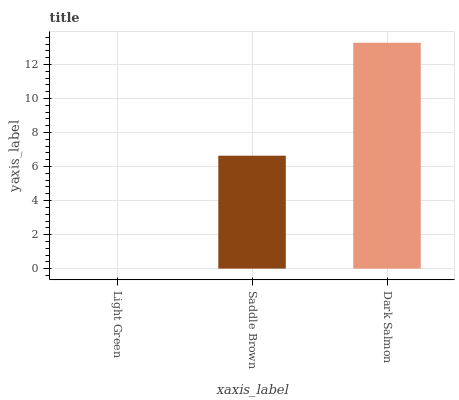
| xaxis_label | bars |
 | --- | --- |
 | Light Green | 0 |
 | Saddle Brown | 6.64 |
 | Dark Salmon | 13.3 |